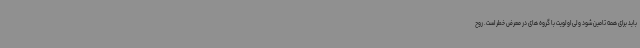
باید برای همه تامین شود ولی اولویت با گروه های در معرض خطر است. روح